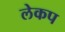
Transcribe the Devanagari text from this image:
लेकप